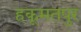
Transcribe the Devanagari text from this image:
हकूमतपुर